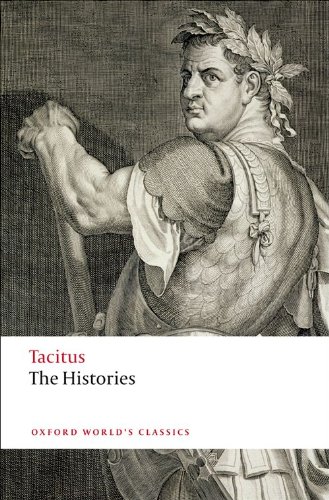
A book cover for The Histories (Oxford World's Classics); Tacitus; Literature & Fiction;